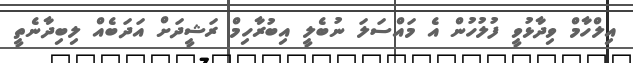
އިލްހާމް ވިދާޅުވީ ފުލުހުން އެ މައްސަލަ ނުބެލީ އިބުރާހިމް ރަޝީދަށް އަދަބެއް ލިބިދާނެތީ